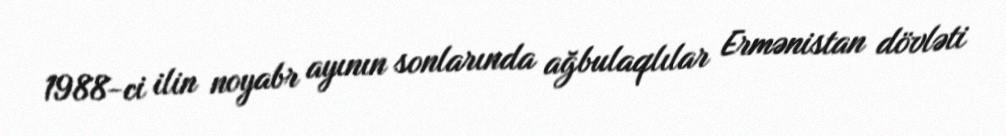
1988-ci ilin noyabr ayının sonlarında ağbulaqlılar Ermənistan dövləti